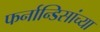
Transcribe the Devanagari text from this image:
फर्नान्डिसांच्या